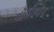
વૉલીબૉલ